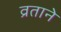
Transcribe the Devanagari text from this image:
व्रताने